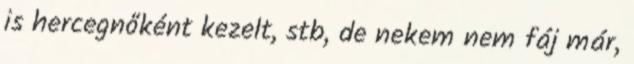
is hercegnőként kezelt, stb, de nekem nem fáj már,